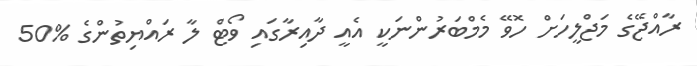
ރާއްޖޭގެ މަޖްލީހަށް ހޮވޭ މެމްބަރުންނަކީ އެއީ ދާއިރާގައި ވޯޓް ލާ ރައްޔިތުންގެ %50